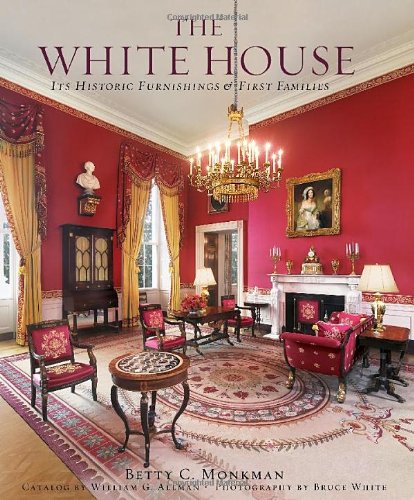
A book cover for The White House: Its Furnishings & First Families; Betty C. Monkman; Arts & Photography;